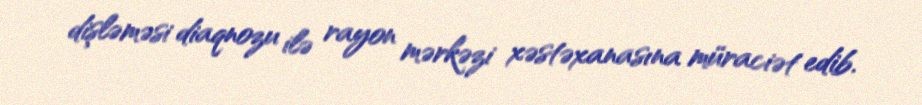
dişləməsi diaqnozu ilə rayon mərkəzi xəstəxanasına müraciət edib.